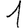
Digit: 1